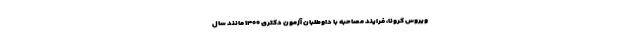
ویروس کرونا، فرایند مصاحبه با داوطلبان آزمون دکتری ۱۴۰۰ مانند سال